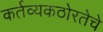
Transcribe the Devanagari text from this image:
कर्तव्यकठोरतेचे